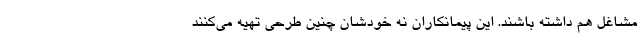
مشاغل هم داشته باشند. این پیمانکاران نه خودشان چنین طرحی تهیه می‌کنند